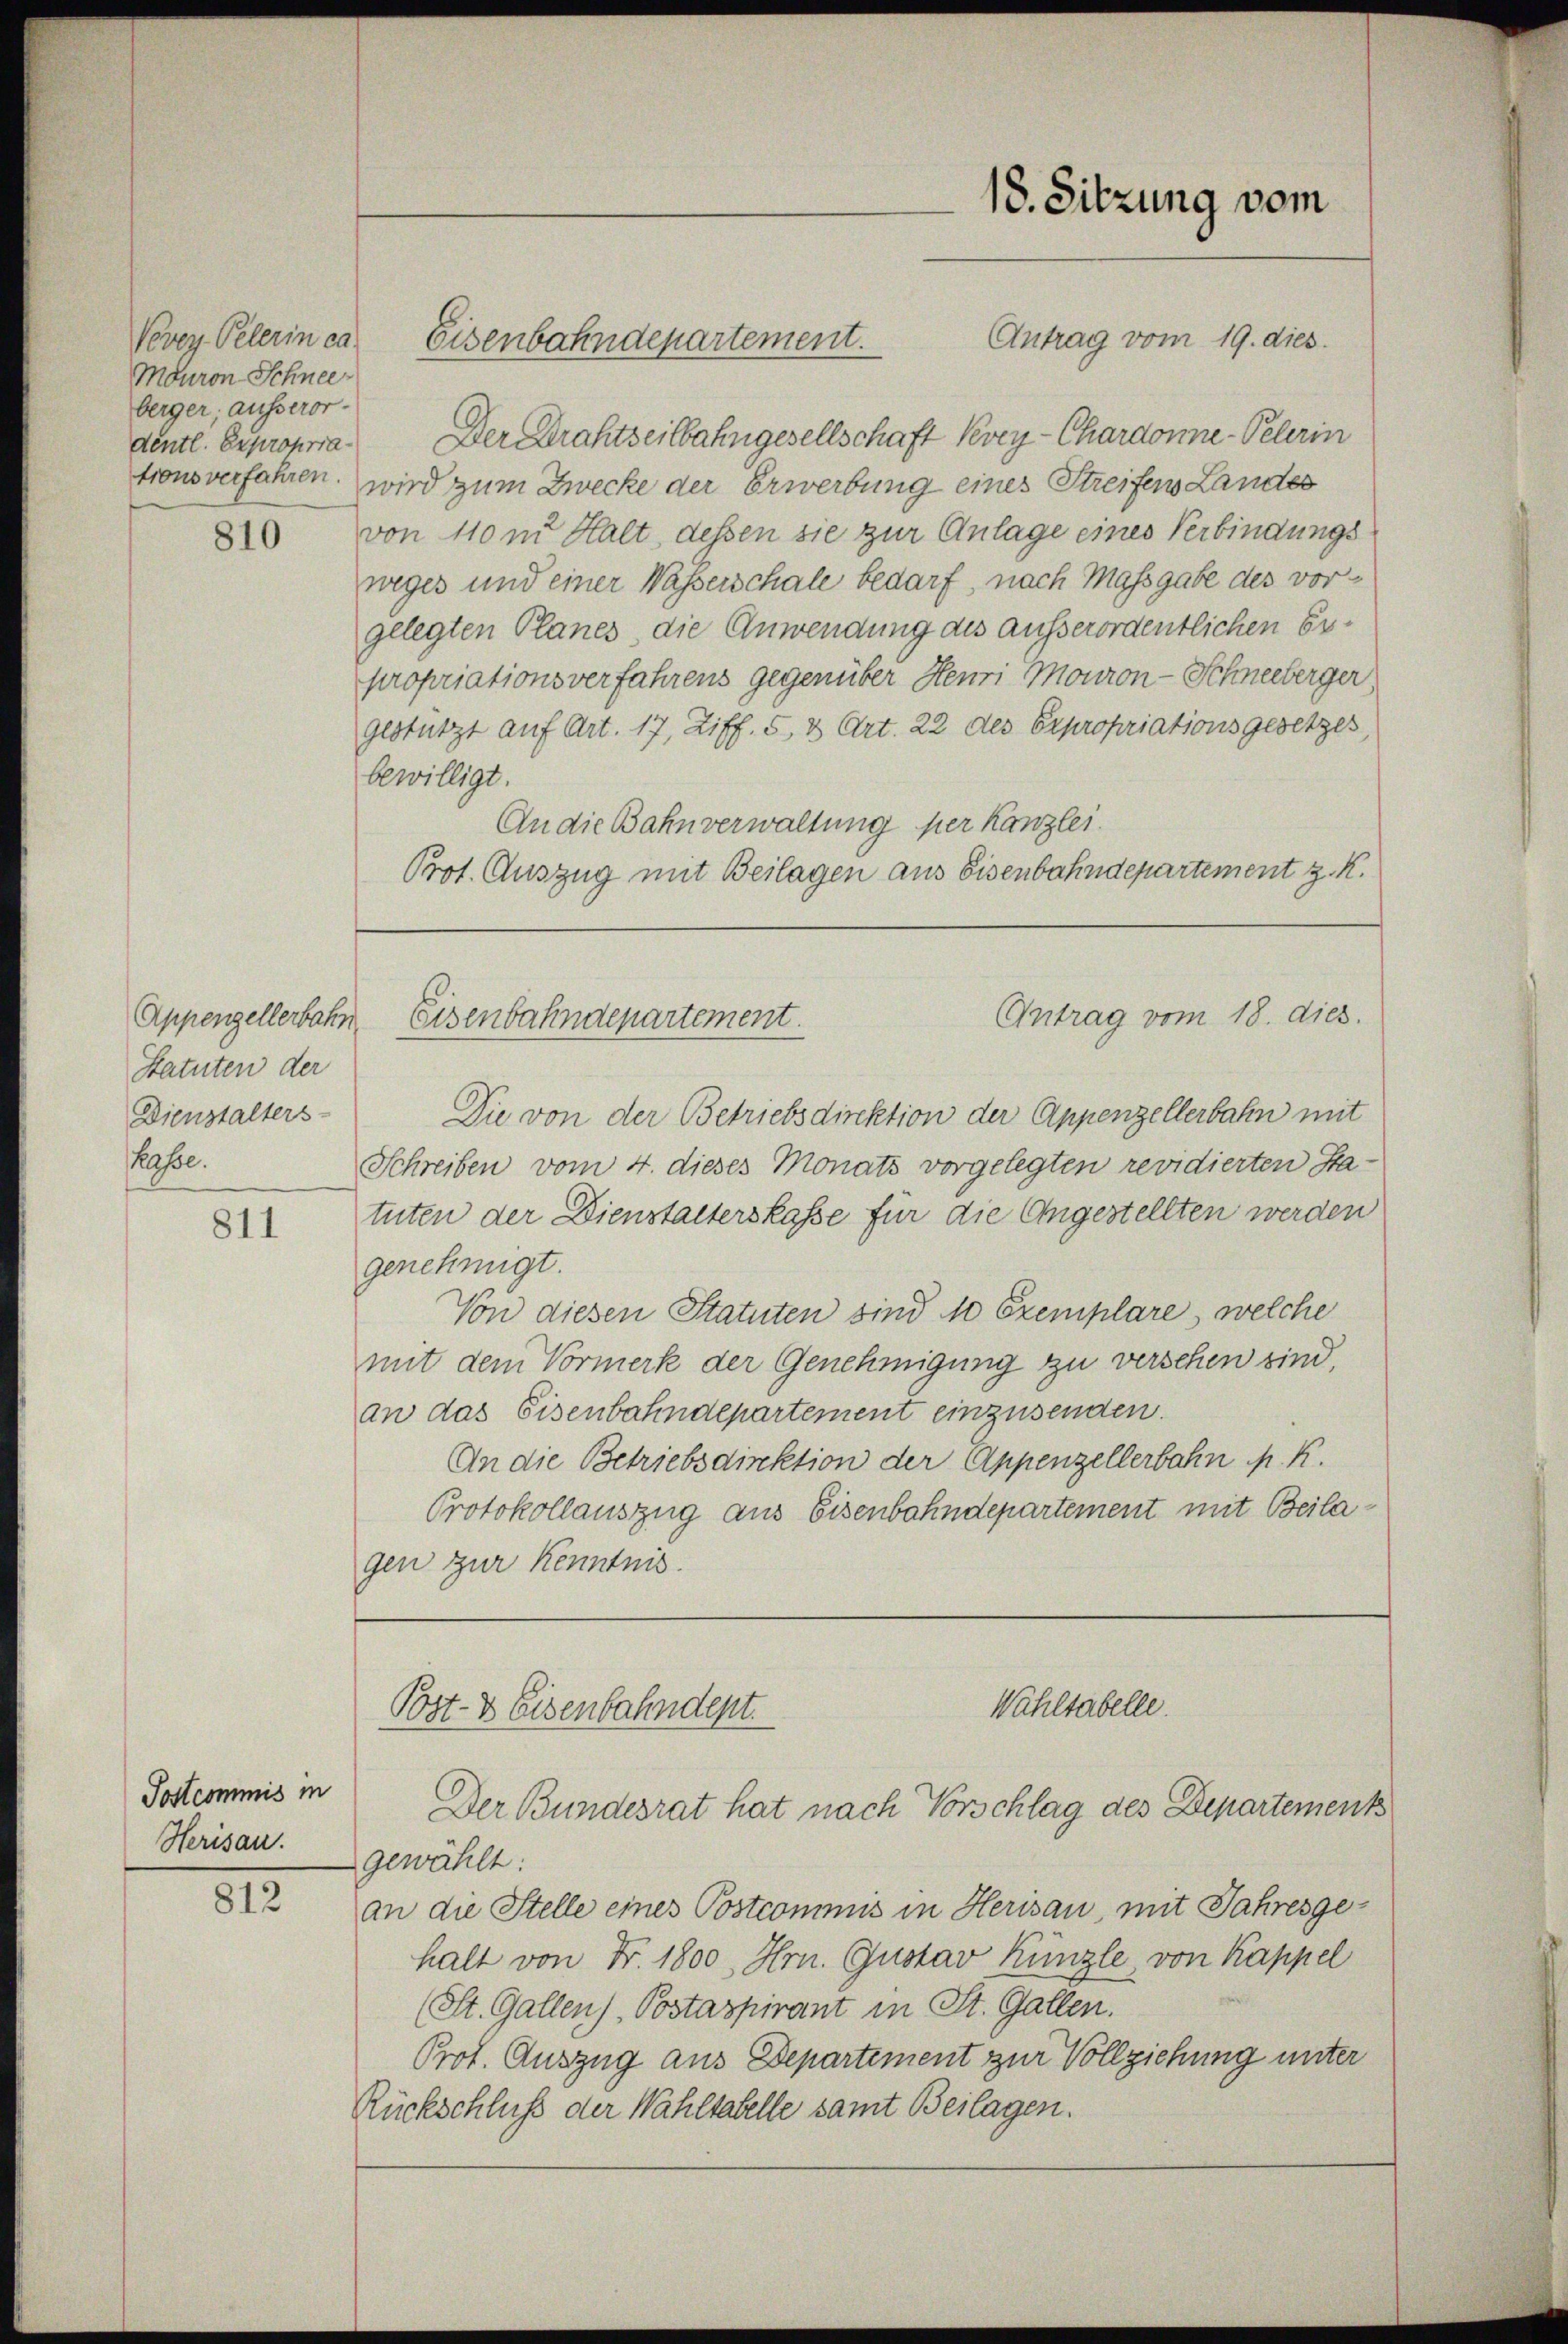
Mouron Schnee
berger, ausserordentl. Expropria
trons verfahren.

810

Statuten der
Dienstalters-
Kasse.

811

Postcommis in
Herisau.

812

Vevey Pelerin ca Eisenbahndepartement.

Der Brahtzeitbahngesellschaft Vevey-Chardonne-Pelerin
wird zum Zwecke der Erwerbung eines Streifens Landes
von 110 m Halt, dessen sie zur Anlage eines Verbindungsweges und einer Wasserschale bedarf, nach Massgabe des vorgelegten Planes, die Anwendung des ausserordentlichen Erpropriationsverfahrens gegenüber Henri Mouron-Schneeberger
gestützt auf Art. 17, Ziff. 5 & Art. 22 des Expropriationsgesetzes,
bewilligt.
An die Bahnverwaltung per Kanzlei
Prot. Auszug mit Beilagen aus Eisenbahndepartement z. K.

18. Sitzung vom

Antrag vom 19. dies

Die von der Betriebsdirektion der Appenzellerbahn mit
Schreiben vom 4. dieses Monats vorgelegten revidierten Statuten der Dienstalterskasse für die Angestellten werden
genehmigt.
Von diesen Statuten sind 10 Exemplare, welche
mit dem Vormerk der Genehmigung zu verschen sind,
an das Eisenbahndepartement einzusenden.
An die Betriebsdirektion der Appenzellerbahn p. K.
Protokollauszug aus Eisenbahndepartement mit Beilagen zur Kenntnis.

Antrag vom 18. dies.
Appenzellerbahn Eisenbahndepartement.

Wahltabelle.
Post- & Eisenbahndept.
Der Bundesrat hat nach Vorschlag des Departement

gewählt:
an die Stelle eines Postcommis in Herisau, mit Jahresgehalt von Fr. 1800, Hrn. Gustav Künzle von Kappel
(St. Gallen), Postaspirant in St. Gallen.
Prof. Auszug aus Departement zur Vollziehung unter
Rückschluß der Wahltabelle samt Beilagen.